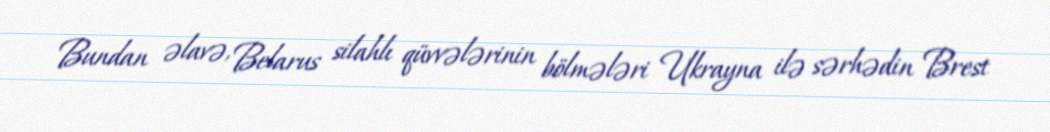
Bundan əlavə, Belarus silahlı qüvvələrinin bölmələri Ukrayna ilə sərhədin Brest